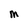
Character: M